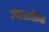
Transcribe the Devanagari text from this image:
ज्याग्राफ़िक